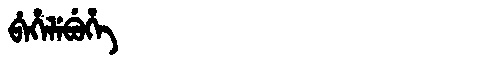
Manchu: ᠪᡝᡥᡝᠯᡝᠪᡠᡥᡝ
Romanization: BEHELEBUHE